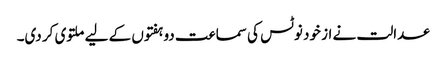
عدالت نے از خود نوٹس کی سماعت دو ہفتوں کے لیے ملتوی کر دی۔